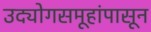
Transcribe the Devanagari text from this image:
उद्योगसमूहांपासून